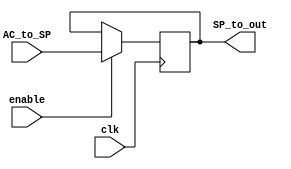
module SP(input wire clk,
         input wire    enable,
			input wire [31:0]   AC_to_SP,
			output wire [31:0] SP_to_out
			);
reg [31:0] SP=0;
always@(negedge clk) begin
	if(enable==1'b1)
	  SP<=AC_to_SP;
end
assign SP_to_out=SP;
endmodule